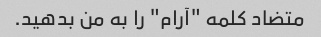
متضاد کلمه "آرام" را به من بدهید.